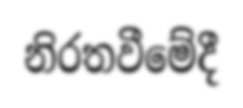
නිරතවීමේදී